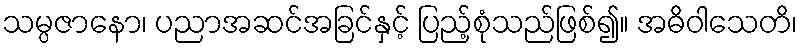
သမ္ပဇာနော၊ ပညာအဆင်အခြင်နှင့် ပြည့်စုံသည်ဖြစ်၍။ အဓိဝါသေတိ၊